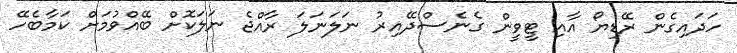
ހަދައިގެން ރޭޑިޔޯ އާއި ޓީވީން ގެނެސްދޭއިރު ނަލަނަލަ ރާއްޖެ ނަލަކޮށް ބޭއްވުމަށް ކަމާބެހޭ